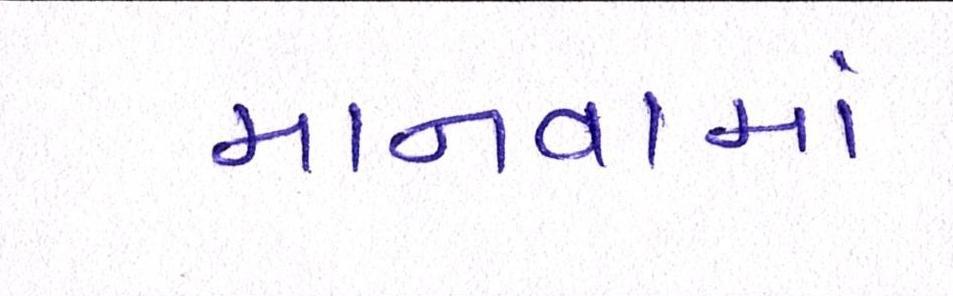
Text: માનવામાં